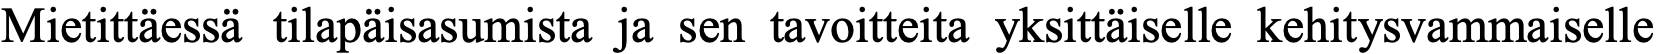
Mietittäessä tilapäisasumista ja sen tavoitteita yksittäiselle kehitysvammaiselle